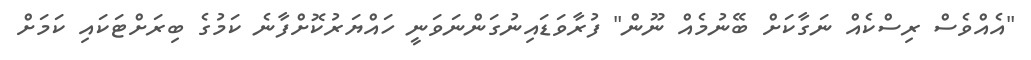
"އެއްވެސް ރިސްކެއް ނަގާކަށް ބޭނުމެއް ނޫން" ފުރާވަޑައިނުގަންނަވަނީ ހައްޔަރުކޮށްފާނެ ކަމުގެ ބިރަށްޓަކައި ކަމަށް